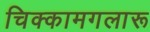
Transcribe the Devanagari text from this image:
चिक्कामगलारू